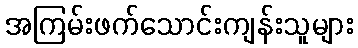
အကြမ်းဖက်သောင်းကျန်းသူများ